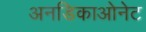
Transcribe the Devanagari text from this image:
अनडिकाओनेट